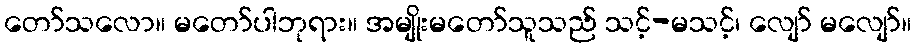
တော်သလော။ မတော်ပါဘုရား။ အမျိုးမတော်သူသည် သင့်-မသင့်၊ လျော် မလျော်။